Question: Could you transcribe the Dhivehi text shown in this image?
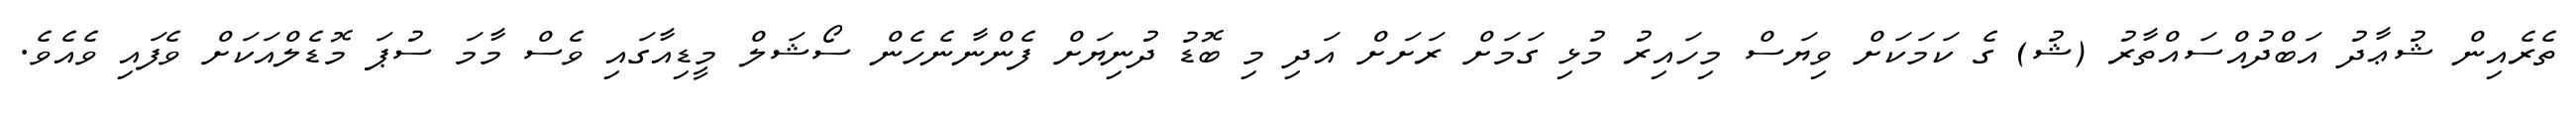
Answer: ތެރެއިން ޝުޢާދު އަބްދުއްސައްތާރު (ޝު) ގެ ކަމަކަށް ވިޔަސް މިހައިރު މުޅި ގަމަށް ރަށަށް އަދި މި ބޮޑު ދުނިޔަށް ފެންނާނެހެން ސޯޝަލް މީޑިއާގައި ވެސް މާމަ ސުޕަ މޮޑެލްއަކަށް ވެފައި ވެއެވެ.